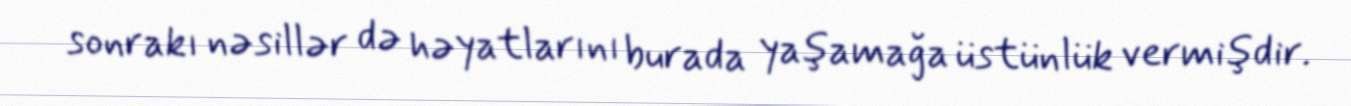
sonrakı nəsillər də həyatlarını burada yaşamağa üstünlük vermişdir.